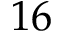
1 6